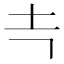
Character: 𰉕